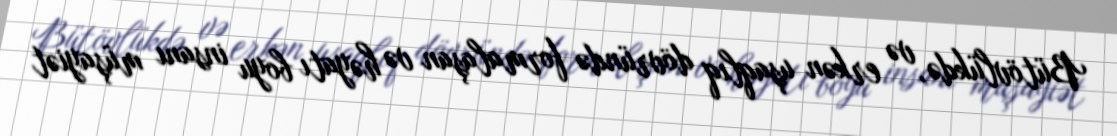
Bütövlükdə, və erkən uşaqlıq dövründə formalaşan və həyatı boyu insanı müşayiət